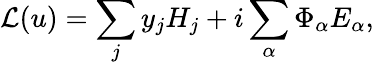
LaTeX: \mathcal{L}(u)=\sum_{j}y_{j}H_{j}+i\sum_{\alpha}\Phi_{\alpha}E_{\alpha},